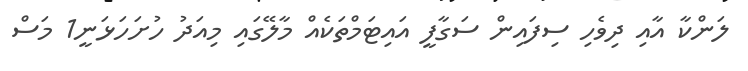
ލަންކާ އާއި ދިވެހި ސިފައިން ސަގާފީ އައިޓަމްތަކެއް މާލޭގައި މިއަދު ހުށަހަޅަނީ1 މަސް